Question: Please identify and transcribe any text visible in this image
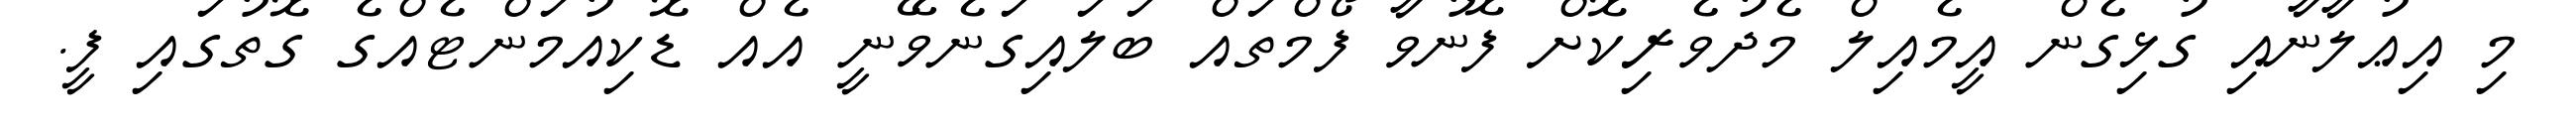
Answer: މި އިޢުލާނާއި ގުޅިގެން އީމެއިލް މެދުވެރިކޮށް ފޮނުވާ ފޯމްތައް ބަލައިގަނެވޭނީ އެއް ޑޮކިއުމަންޓެއްގެ ގޮތުގައި ފީ.